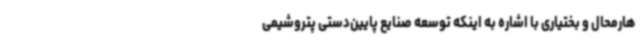
هارمحال و بختیاری با اشاره به اینکه توسعه صنایع پایین‌دستی پتروشیمی